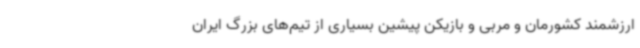
ارزشمند کشورمان و مربی و بازیکن پیشین بسیاری از تیم‌های بزرگ ایران